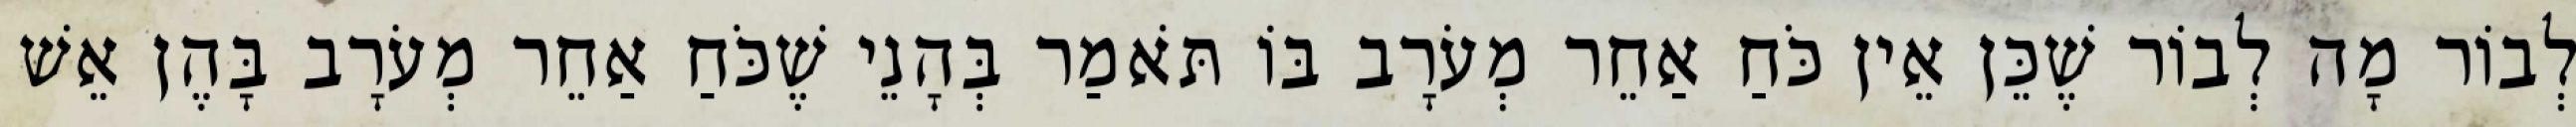
לְבוֹר מָה לְבוֹר שֶׁכֵּן אֵין כֹּחַ אַחֵר מְעֹרָב בּוֹ תֹּאמַר בְּהָנֵי שֶׁכֹּחַ אַחֵר מְעֹרָב בָּהֶן אֵשׁ